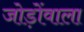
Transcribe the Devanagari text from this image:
जोड़ोंवाला